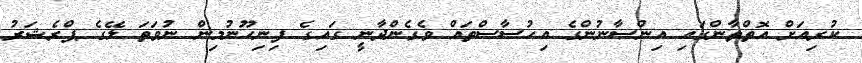
ކުރިއަށް އޮތްތާންގައި އިންސާނުންގެ އިހުސާސްތައް ވެގެންދާނީ ގައިގެ ފިނިހޫނުމިން ނުވަތަ ލޭގެ ޕްރެޝަރު